Jaan_Tonisson_(Lasteleht), lk 77
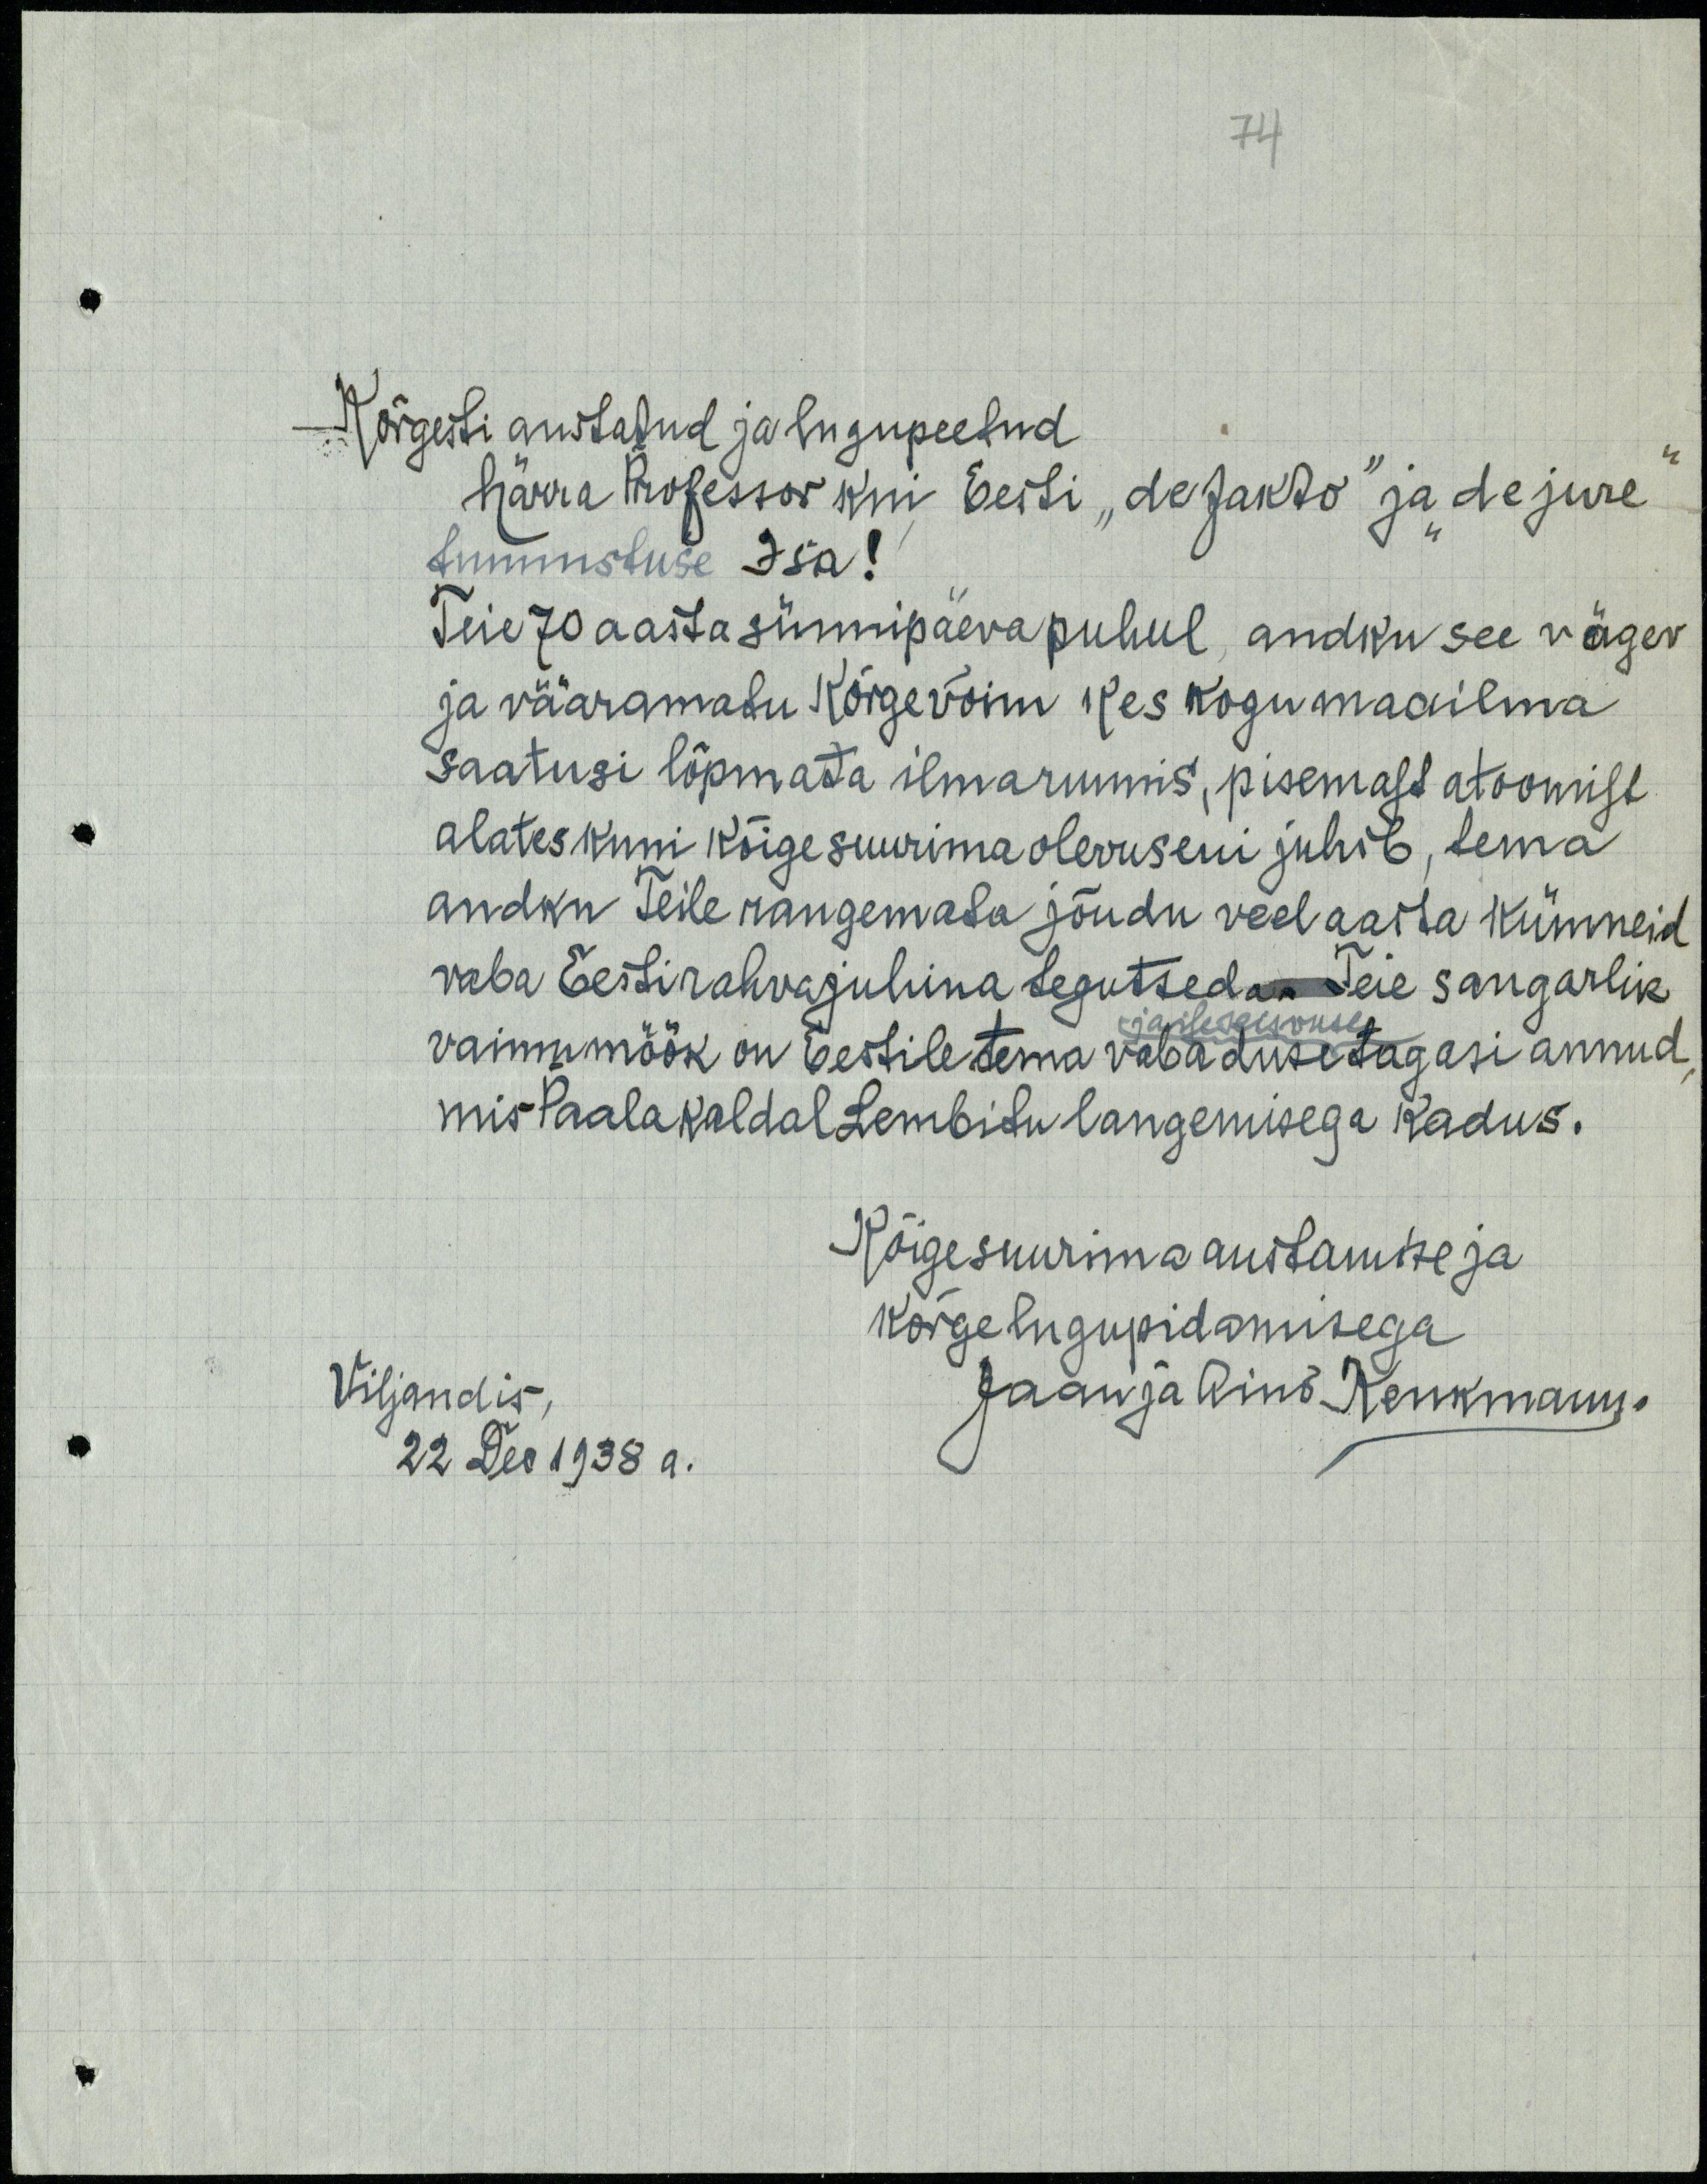
74
Kõrgesti austatud ja lugupeetud
härra professor kui Eesti "de fakto" ja "de jure"
tunnustuse Isa!
Teie 70 aasta sünnipäeva puhul, andku see vägev
ja vääramatu kõrge võim kes kogu maailma
saatusi lõpmata ilmaruumis, pisemast atoomist
alates kuni kõige suurima olevuseni juhib, tema
andku Teile raugemata jõudu veel aasta kümneid
vaba Eestirahvajuhina tegutseda. Teie sangarlik
ja iseseisvuse
vaimumöök on Eestile tema vabaduse tagasi annud,
mis Paala kaldal Lembitu langemisega kadus.
Kõigesuurima austamise ja
kõrge lugupidamisega
Viljandis,
22 Dec 1938 a.
Jaan ja Aino Kenkmann.